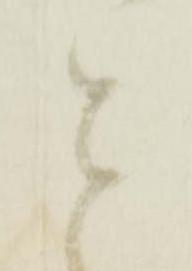
と